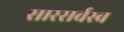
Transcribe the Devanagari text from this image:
सारसर्वस्व